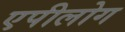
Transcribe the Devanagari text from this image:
एपीलोग